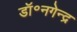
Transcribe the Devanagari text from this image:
डॉ॰नगेन्द्र